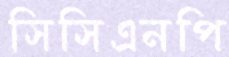
সিসিএনপি